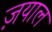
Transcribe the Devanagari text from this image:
ज़याल